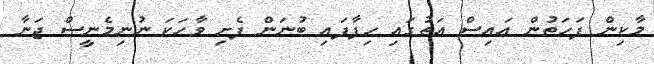
މާކިން ފަހަތުން އައިސް އަތުގައި ހިފާފައި ބުނަން ފެށި ވާހަކަ ނުނިމެނީސް ޖަނާ